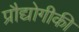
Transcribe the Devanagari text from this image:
प्रौद्योगीकी